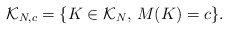
\begin{align*}\mathcal K_{N,c}=\{K\in \mathcal K_N,\,M(K)=c\}.\end{align*}